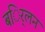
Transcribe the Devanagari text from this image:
बर्िलन